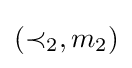
(\prec _{2},m_{2})